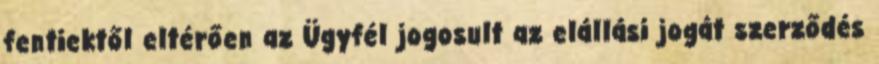
fentiektől eltérően az Ügyfél jogosult az elállási jogát szerződés